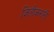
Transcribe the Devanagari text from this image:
जिंतीकरांनी